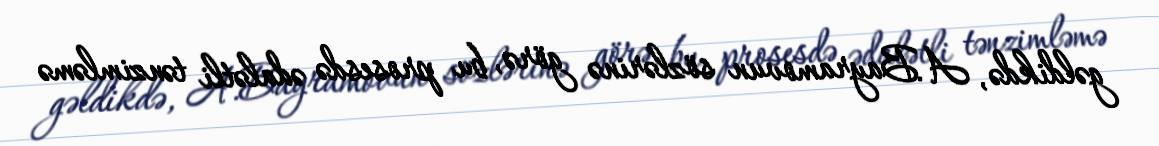
gəldikdə, A.Bayramovun sözlərinə görə, bu prosesdə ədalətli tənzimləmə